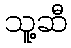
သူ့ဆီ